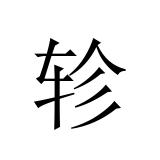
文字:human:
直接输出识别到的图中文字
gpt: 轸